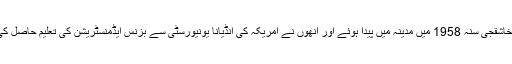
جمال خاشقجی سنہ 1958 میں مدینہ میں پیدا ہوئے اور انھوں نے امریکہ کی انڈیانا یونیورسٹی سے بزنس ایڈمنسٹریشن کی تعلیم حاصل کی تھی۔